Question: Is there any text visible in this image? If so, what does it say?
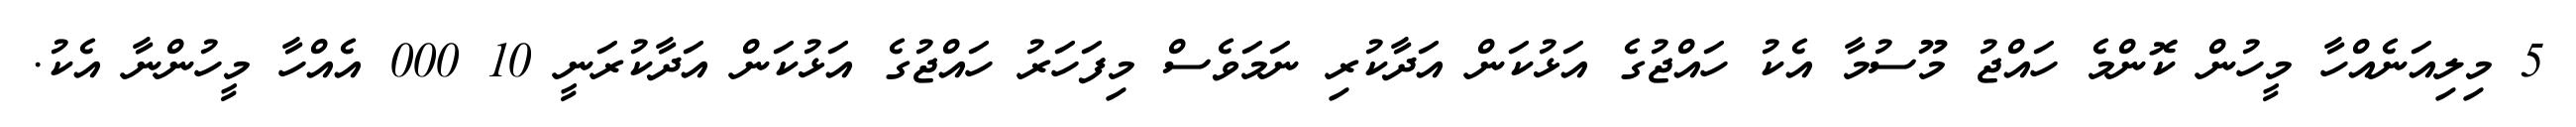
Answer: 5 މިލިއަނެއްހާ މީހުން ކޮންމެ ހައްޖު މޫސުމާ އެކު ހައްޖުގެ އަޅުކަން އަދާކުރި ނަމަވެސް މިފަހަރު ހައްޖުގެ އަޅުކަން އަދާކުރަނީ 10 000 އެއްހާ މީހުންނާ އެކު.